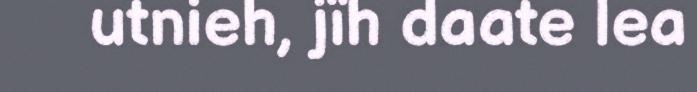
utnieh, jïh daate lea